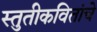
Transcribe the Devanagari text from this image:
स्तुतीकवितांचे